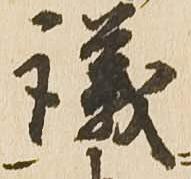
議